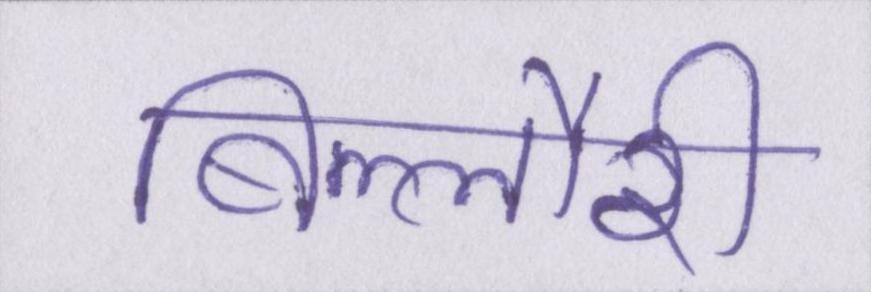
बिल्लौरी